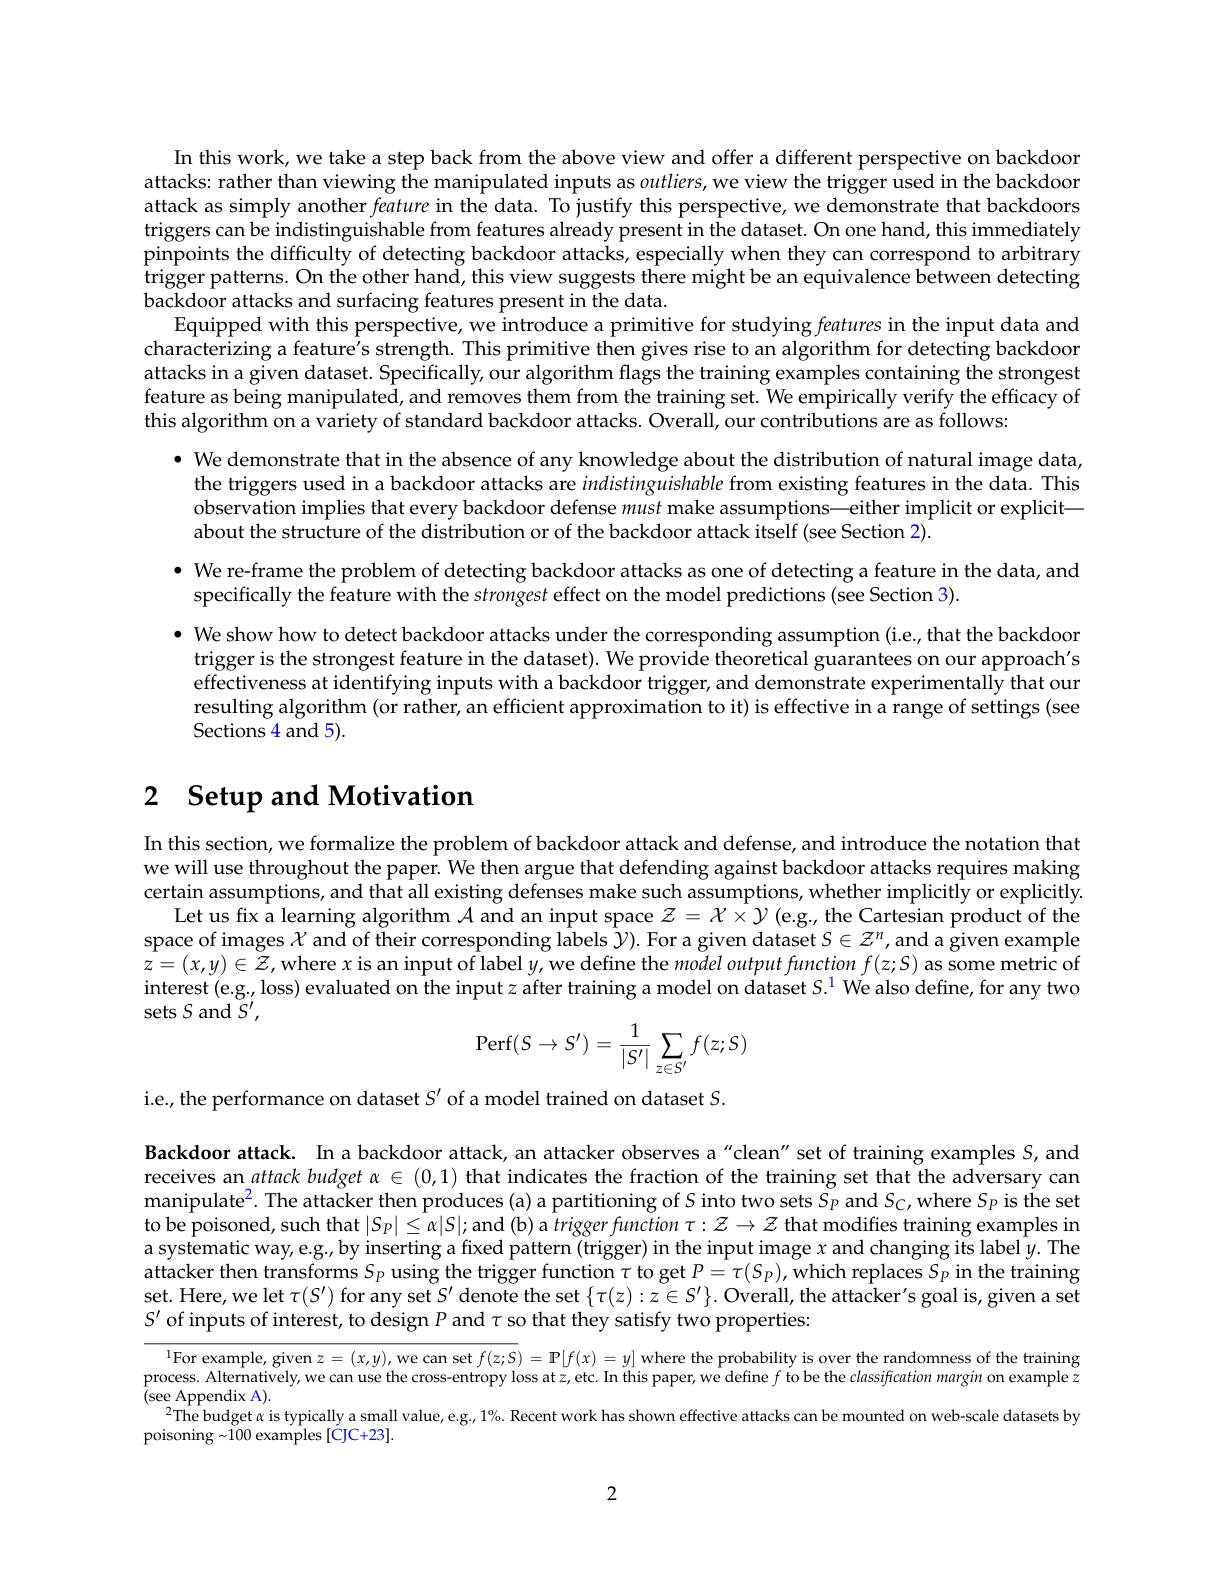
In this work, we take a step back from the above view and offer a different perspective on backdoor attacks: rather than viewing the manipulated inputs as outliers, we view the trigger used in the backdoor attack as simply another feature in the data. To justify this perspective, we demonstrate that backdoors triggers can be indistinguishable from features already present in the dataset. On one hand, this immediately pinpoints the difficulty of detecting backdoor attacks, especially when they can correspond to arbitrary trigger patterns. On the other hand, this view suggests there might be an equivalence between detecting trigger patterns. On the other hand, this view suggests there might be an equivalence between detecting backdoor attacks and surfacing features present in the data.
Equipped with this perspective, we introduce a primitive for studying features in the input data and characterizing a feature's strength. This primitive then gives rise to an algorithm for detecting backdoor attacks in a given dataset. Specifically, our algorithm flags the training examples containing the strongest feature as being manipulated, and removes them from the training set. We empirically verify the efficacy of this algorithm on a variety of standard backdoor attacks. Overall, our contributions are as follows:

$\bullet$ We demonstrate that in the absence of any knowledge about the distribution of natural image data,
the triggers used in a backdoor attacks are indistinguishable from existing features in the data. This observation implies that every backdoor defense must make assumptions—either implicit or explicit— about the structure of the distribution or of the backdoor attack itself (see Section 2).

$\bullet$ We re-frame the problem of detecting backdoor attacks as one of detecting a feature in the data, and
specifically the feature with the strongest effect on the model predictions (see Section 3).

$\bullet$ We show how to detect backdoor attacks under the corresponding assumption (i.e, that the backdoor
trigger is the strongest feature in the dataset). We provide theoretical guarantees on our approach's effectiveness at identifying inputs with a backdoor trigger, and demonstrate experimentally that our resulting algorithm (or rather, an efficient approximation to it) is effective in a range of settings (see Sections 4 and 5).

## 2 $\textbf{Setup and Motivation}$

In this section, we formalize the problem of backdoor attack and defense, and introduce the notation that we will use throughout the paper. We then argue that defending against backdoor attacks requires making certain assumptions, and that all existing defenses make such assumptions, whether implicitly or explicitly.
Let us fix a learning algorithm $\mathcal{A}$ and an input space $\mathcal{Z}=\mathcal{X}\times\mathcal{Y}($e.g., the Cartesian product of the space of images $\mathcal{X}$ and of their corresponding lâbels $\hat{\mathcal{Y}}).$ For a given dataset $S\in\mathcal{Z}^n$, and a given example $\hat{z}=(x,y)\in\tilde{Z}$,where $x$ is an input of label $y$,we define the model output function $f(z;S)$ as some metric of interest (eg., loss) evaluated on the input $z$ after training a model on dataset $S. ^{1}$ We also define, for any two sets $S$ and $S^{\prime}$,
$$\mathrm{Perf}(S\to S')=\frac{1}{|S'|}\sum_{z\in S'}f(z;S)$$
i.e., the performance on dataset $S^\prime$ of a model trained on dataset $S.$

Backdoor attack. In a backdoor attack, an attacker observes a "clean" set of training examples $S$, and receives an attack budget $\alpha\in(0,1)$ that indicates the fraction of the training set that the adversary can manipulate$^2.$ The attacker then produces (a) a partitioning of $S$ into two sets $S_P$ and $S_{\mathbb{C} }$,where $S_{\mathbb{P} }$ is the set to be poisoned, such that $|S_P|\leq\alpha|S|;$ and (b) a trigger function $\tau:\mathcal{Z}\to\mathcal{Z}$ that modifies training examples in a systematic way, e.g., by inserting a fixed pattern (trigger) in the input image $x$ and changing its label $y.$ The attacker then transforms $S_P$ using the trigger function $\tau$ to get $P=\tau(S_P)$,which replaces $S_p$ in the training set. Here, we let $\tau(S^\prime)$ for any set $S^\prime$ denote the set $\{\tau(z):z\in S^\prime\}.$ Overall, the attacker's goal is, given a set $S^{\prime}$ of inputs of interest, to design $P$ and $\tau$ so that they satisfy two properties:

$^{1}$For example, given $z=(x,y)$,we can set $f(z;S)=\mathbf{P}[f(x)=y]$ where the probability is over the randomness of the training process. Alternatively, we can use the cross-entropy loss at z, etc. In this paper, we define $f$ to be the classification margin on example z ${\tilde{(}\mathrm{see~Appendix~A})}.$
$^{2}$The budget $\alpha$ is typically a small value, e.g.$1\%.$ Recent work has shown effective attacks can be mounted on web-scale datasets by
poisoning~$\tilde{100}$ examples [C]C+23].

2